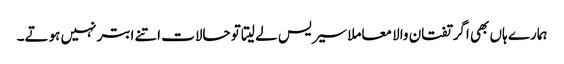
ہمارے ہاں بھی اگر تفتان والا معاملا سیریس لے لیتا تو حالات اتنے ابتر نہیں ہوتے۔